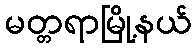
မတ္တရာမြို့နယ်